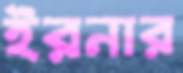
ইরনার